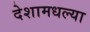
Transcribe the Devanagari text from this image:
देशामधल्या